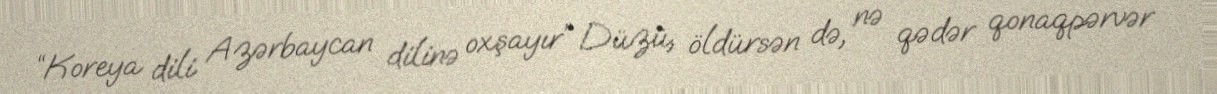
“Koreya dili Azərbaycan dilinə oxşayır” Düzü, öldürsən də, nə qədər qonaqpərvər